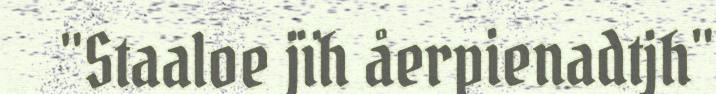
"Staaloe jïh åerpienadtjh"